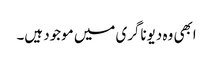
ابھی وہ دیوناگری میں موجود ہیں۔